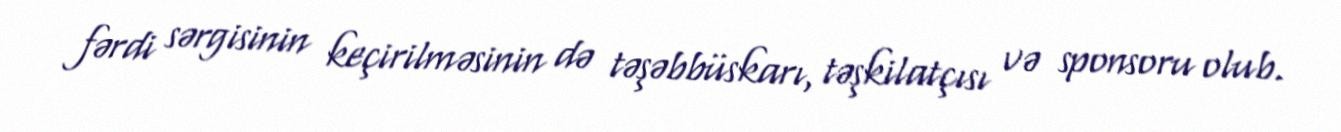
fərdi sərgisinin keçirilməsinin də təşəbbüskarı, təşkilatçısı və sponsoru olub.